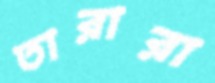
তারারা